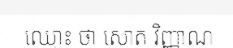
ឈ្មោះ ថា សោត វិញ្ញាណ